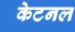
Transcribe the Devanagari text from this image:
केटनल